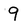
Character: 9